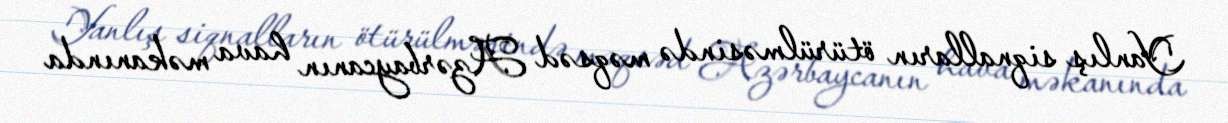
Yanlış siqnalların ötürülməsində məqsəd Azərbaycanın hava məkanında